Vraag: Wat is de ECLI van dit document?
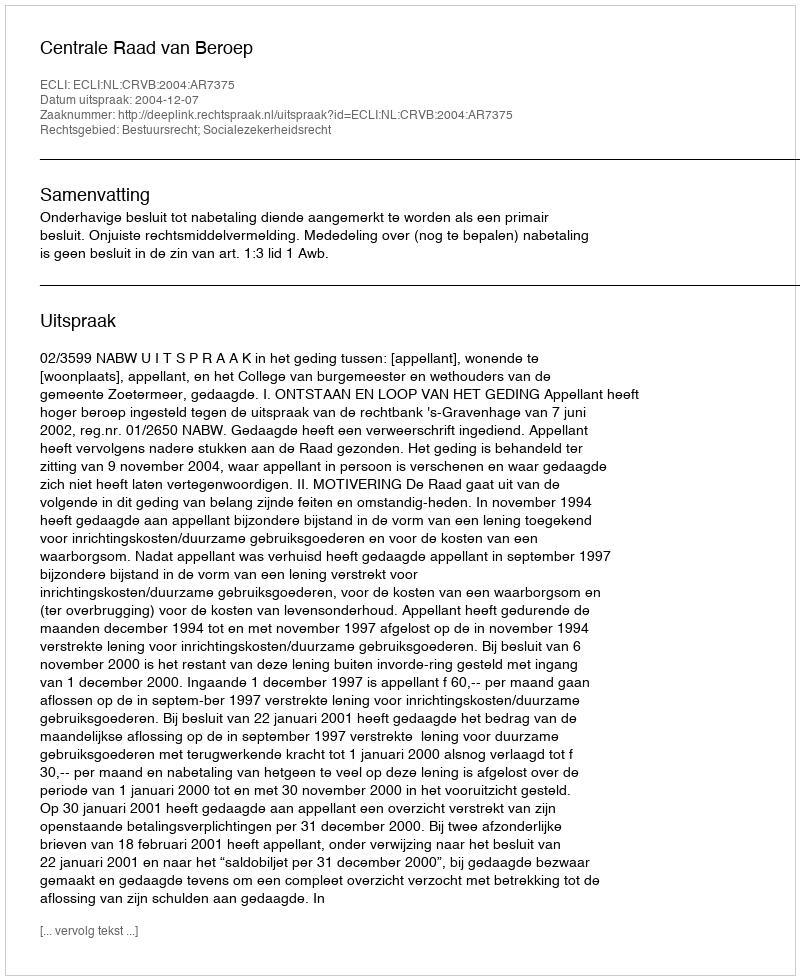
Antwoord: ECLI:NL:CRVB:2004:AR7375